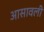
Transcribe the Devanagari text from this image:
आसावली